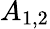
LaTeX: A_{1,2}